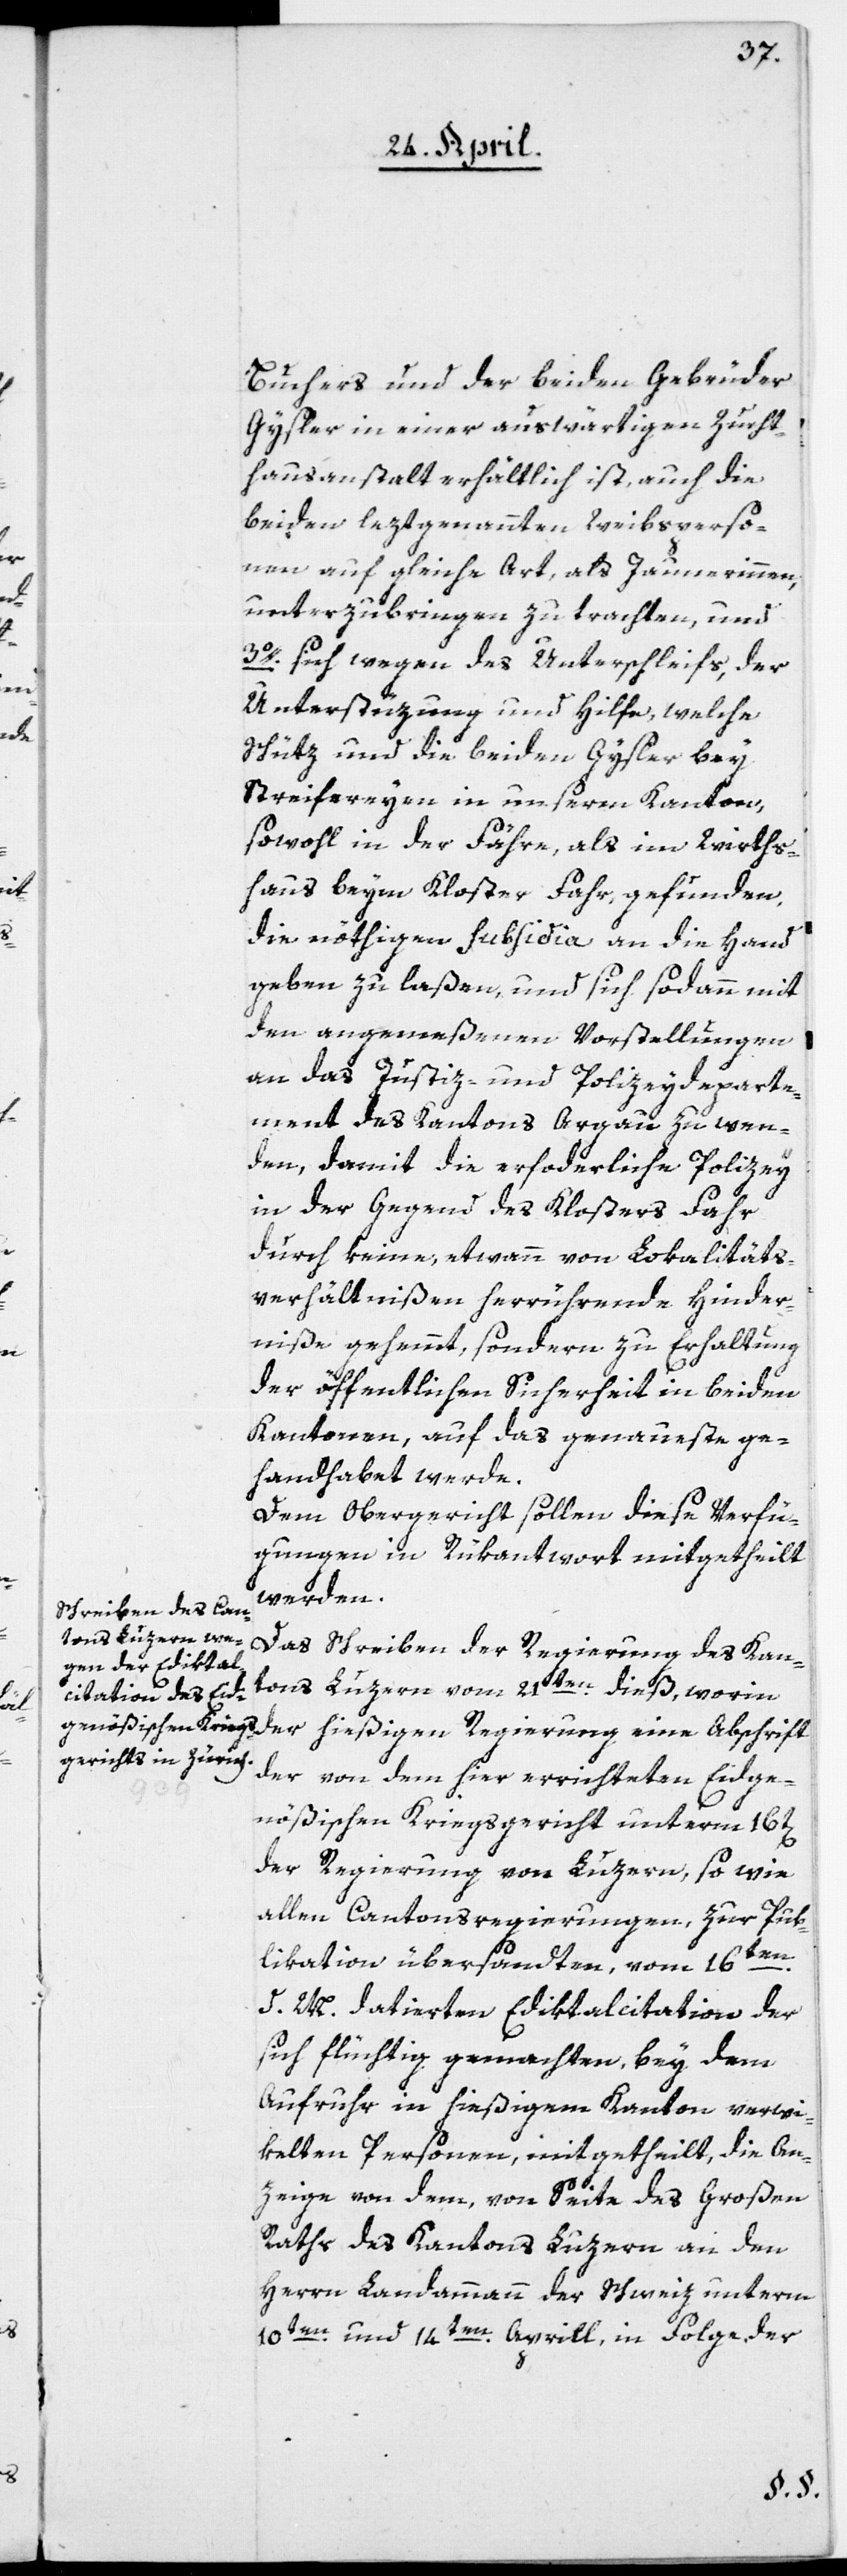
Buchers und der beiden Gebrüder
Gysler in einer auswärtigen Zucht¬
hausanstalt erhältlich ist, auch die
beiden leztgenannten Weibsperso¬
nen auf gleiche Art, als Jaunerinnen
unterzubringen zu trachten, und
3o. sich wegen des Unterschleifs, der
Unterstüzung und Hilfe, welche
Schütz und die beiden Gysler bey
Streifereyen in unserm Kanton,
sowohl in der Fähre, als im Wirths¬
haus beym Kloster Fahr gefunden,
die nöthigen Subsidia an die Hand
geben zu laßen, und sich sodann mit
den angemeßenen Vorstellungen
an das Justiz- und Polizeydeparte¬
ment des Kantons Argau zu wen¬
den, damit die erforderliche Polizey
in der Gegend des Klosters Fahr
durch keine, etwann von Lokalitäts¬
verhältnißen herrührende Hinder¬
niße gehemmt, sondern zu Erhaltung
der öffentlichen Sicherheit in beiden
Kantonen, auf das genaueste ge¬
handhabet werde.
Dem Obergericht sollen diese Verfü¬
gungen in Rükantwort mitgetheilt
werden.
Das Schreiben der Regierung des Kan¬
tons Luzern vom 21ten dieß, worin
der hießigen Regierung eine Abschrift
der von dem hier errichteten Eidge¬
nößischen Kriegsgericht unterm 16t[en]
der Regierung von Luzern, so wie
allen Cantonsregierungen, zur Pub¬
likation übersandten, vom 16ten
d. M. datierten Ediktalcitation der
sich flüchtig gemachten, bey dem
Aufruhr in hießigem Kanton verwi¬
kelten Personen, mitgetheilt, die An¬
zeige von dem, von Seite des Großen
Raths des Kantons Luzern an den
Herrn Landammann der Schweiz unterm
10ten und 14ten Aprill, in Folge der